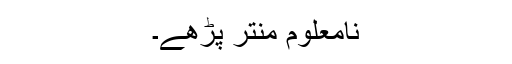
نامعلوم منتر پڑھے۔